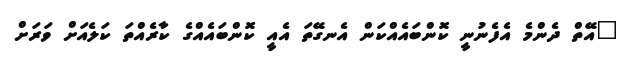
"އޭތް ދެންމެ އެފެނުނީ ކޮންބައެއްކަން އެނގޭތަ އެއީ ކޮންބައެއްގެ ކާރެއްތަ ކަލެއަށް ވަރަށް